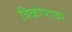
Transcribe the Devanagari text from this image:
त्रिकोणावर